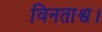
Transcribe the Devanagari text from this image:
विनताश्व।